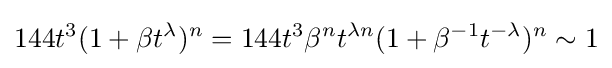
144t^{3}(1+\beta t^{\lambda })^{n}=144t^{3}\beta ^{n}t^{\lambda n}(1+\beta ^{-1}t^{-\lambda })^{n}\sim 1